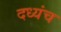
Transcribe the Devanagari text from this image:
दध्यंच